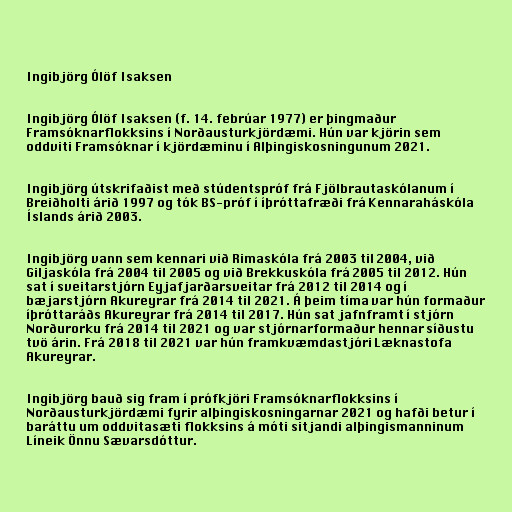
Ingibjörg Ólöf Isaksen

Ingibjörg Ólöf Isaksen (f. 14. febrúar 1977) er þingmaður
Framsóknarflokksins í Norðausturkjördæmi. Hún var kjörin sem
oddviti Framsóknar í kjördæminu í Alþingiskosningunum 2021.

Ingibjörg útskrifaðist með stúdentspróf frá Fjölbrautaskólanum í
Breiðholti árið 1997 og tók BS-próf í íþróttafræði frá Kennaraháskóla
Íslands árið 2003.

Ingibjörg vann sem kennari við Rimaskóla frá 2003 til 2004, við
Giljaskóla frá 2004 til 2005 og við Brekkuskóla frá 2005 til 2012. Hún
sat í sveitarstjórn Eyjafjarðarsveitar frá 2012 til 2014 og í
bæjarstjórn Akureyrar frá 2014 til 2021. Á þeim tíma var hún formaður
íþróttaráðs Akureyrar frá 2014 til 2017. Hún sat jafnframt í stjórn
Norðurorku frá 2014 til 2021 og var stjórnarformaður hennar síðustu
tvö árin. Frá 2018 til 2021 var hún framkvæmdastjóri Læknastofa
Akureyrar.

Ingibjörg bauð sig fram í prófkjöri Framsóknarflokksins í
Norðausturkjördæmi fyrir alþingiskosningarnar 2021 og hafði betur í
baráttu um oddvitasæti flokksins á móti sitjandi alþingismanninum
Líneik Önnu Sævarsdóttur.